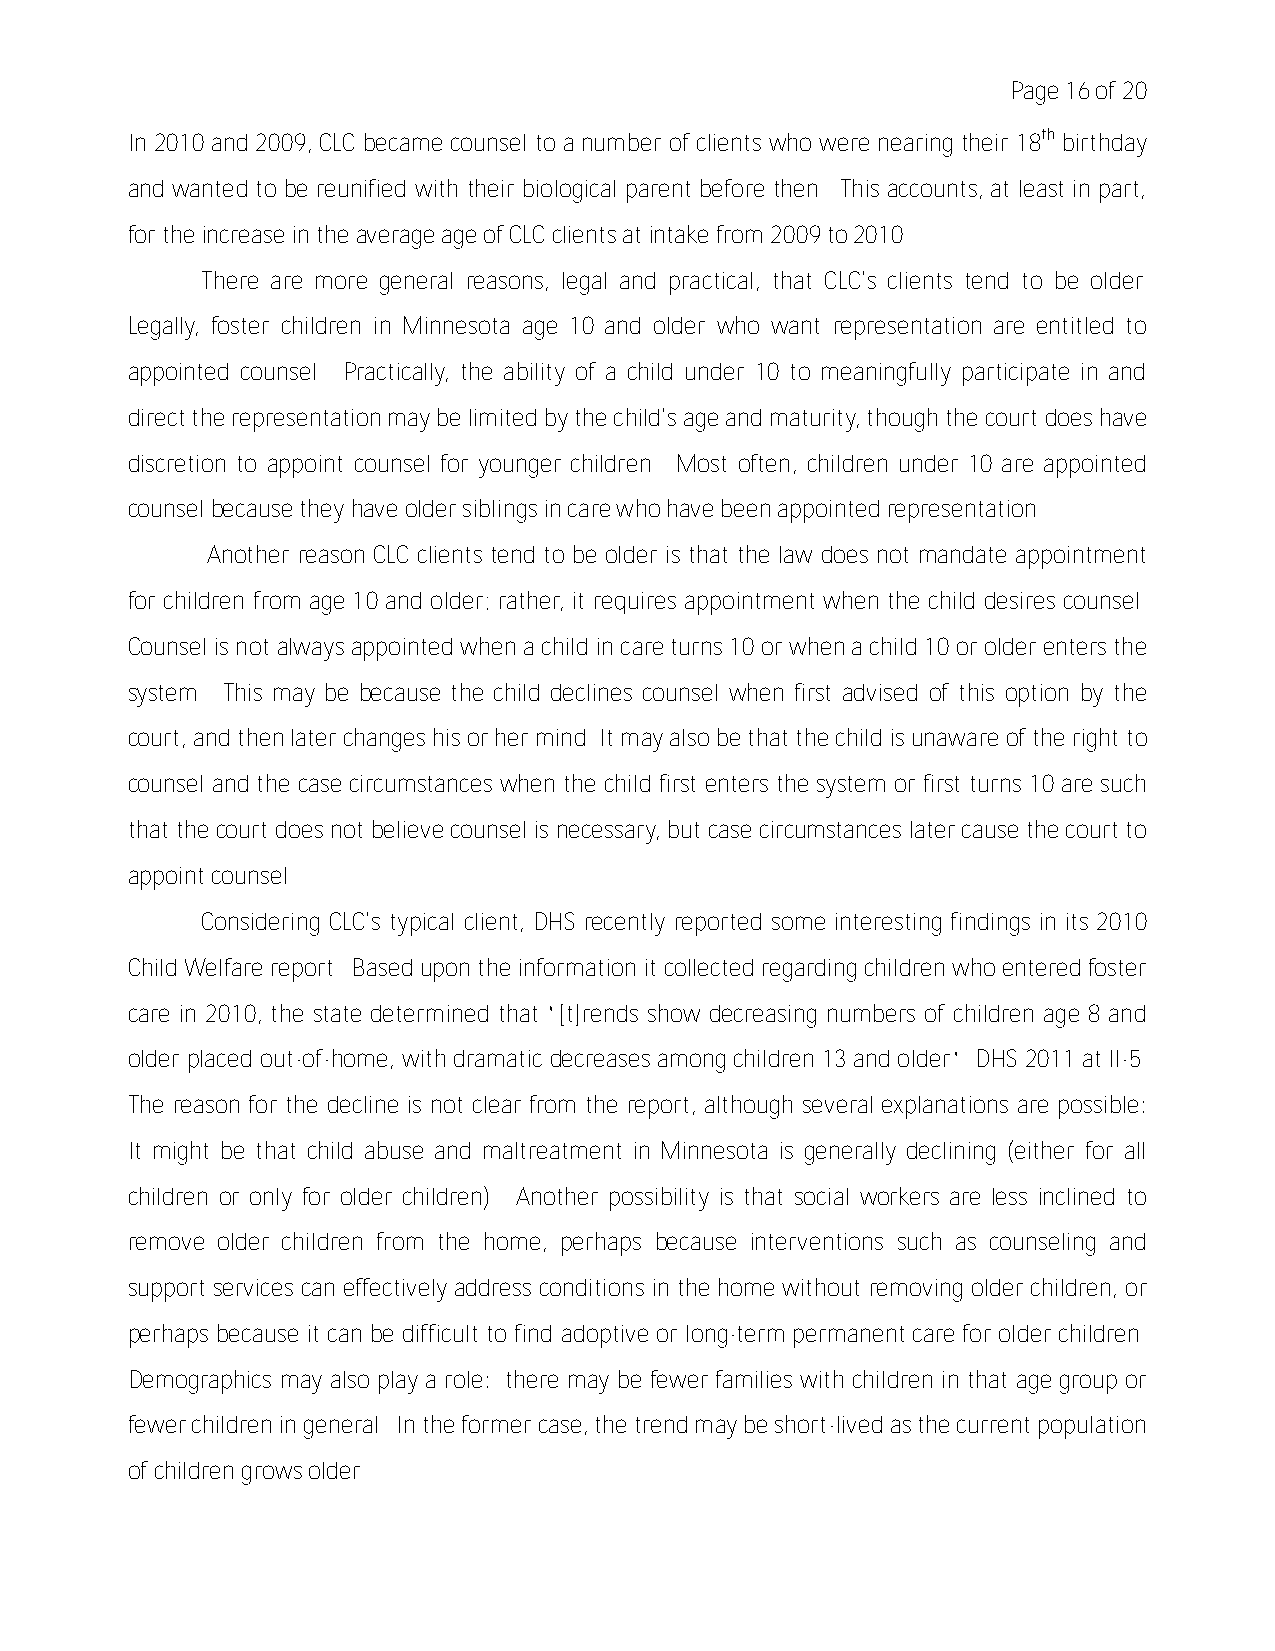
Page 16 of 20
 In 2010 and 2009, CLC became counsel to a number of clients who were nearing their 18th birthday
 and wanted to be reunified with their biological parent before then. This accounts, at least in part,
 for the increase in the average age of CLC clients at intake from 2009 to 2010.
 There are more general reasons, legal and practical, that CLC's clients tend to be older.
 Legally, foster children in Minnesota age 10 and older who want representation are entitled to
 appointed counsel. Practically, the ability of a child under 10 to meaningfully participate in and
 direct the representation may be limited by the child's age and maturity, though the court does have
 discretion to appoint counsel for younger children. Most often, children under 10 are appointed
 counsel because they have older siblings in care who have been appointed representation.
 Another reason CLC clients tend to be older is that the law does not mandate appointment
 for children from age 10 and older; rather, it requires appointment when the child desires counsel.
 Counsel is not always appointed when a child in care turns 10 or when a child 10 or older enters the
 system. This may be because the child declines counsel when first advised of this option by the
 court, and then later changes his or her mind. It may also be that the child is unaware of the right to
 counsel and the case circumstances when the child first enters the system or first turns 10 are such
 that the court does not believe counsel is necessary, but case circumstances later cause the court to
 appoint counsel.
 Considering CLC's typical client, DHS recently reported some interesting findings in its 2010
 Child Welfare report. Based upon the information it collected regarding children who entered foster
 care in 2010, the state determined that “[t]rends show decreasing numbers of children age 8 and
 older placed out-of-home, with dramatic decreases among children 13 and older.” DHS 2011 at II-5.
 The reason for the decline is not clear from the report, although several explanations are possible:
 It might be that child abuse and maltreatment in Minnesota is generally declining (either for all
 children or only for older children). Another possibility is that social workers are less inclined to
 remove older children from the home, perhaps because interventions such as counseling and
 support services can effectively address conditions in the home without removing older children, or
 perhaps because it can be difficult to find adoptive or long-term permanent care for older children.
 Demographics may also play a role: there may be fewer families with children in that age group or
 fewer children in general. In the former case, the trend may be short-lived as the current population
 of children grows older.